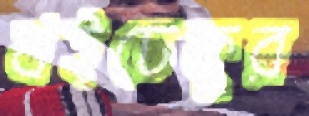
খইঢেকুর